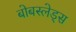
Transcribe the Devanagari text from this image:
बोबस्लेड्स